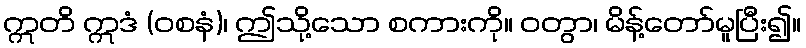
ဣတိ ဣဒံ (ဝစနံ)၊ ဤသို့သော စကားကို။ ဝတွာ၊ မိန့်တော်မူပြီး၍။